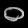
Digit: ၀